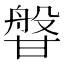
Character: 𭺰